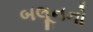
બલૂનનો